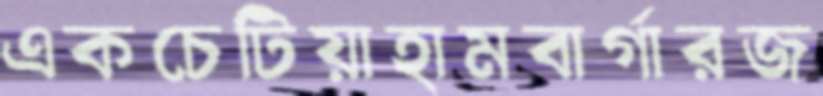
একচেটিয়াহামবার্গারজ